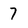
Character: 7